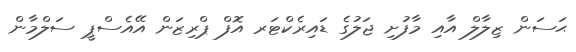
ޙަސަން ޒިލާލް އާއި މާފުށި ޖަލުގެ ޑައިރެކްޓަރ އޮފް ޕްރިޒަން އޭއެސްޕީ ސަލްމާން